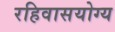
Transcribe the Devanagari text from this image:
रहिवासयोग्य